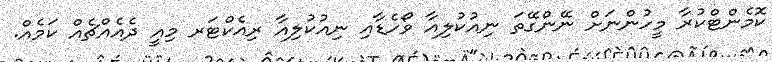
ކޮމެންޓްކުރާ މީހުންނަށް ނޭންގޭތަ ނިއުކުލިއާ ވޯހެޑާއި ނިއުކުލިއާ ރިއެކްޓަރ މިއީ ދެއެއްޗެއް ކަމެއް.